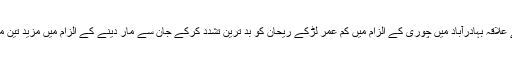
تفصیلات کے مطابق کراچی کے علاقہ بہادرآباد میں چوری کے الزام میں کم عمر لڑکے ریحان کو بد ترین تشدد کرکے جان سے مار دینے کے الزام میں مزید تین ملزمان کو حراست میں لے لیا گیا۔